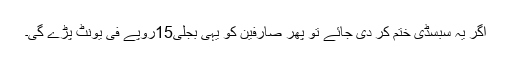
اگر یہ سبسڈی ختم کر دی جائے تو پھر صارفین کو یہی بجلی15روپے فی یونٹ پڑے گی۔